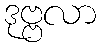
ဒုဗ္ဗလာ